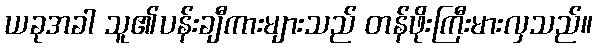
ယခုအခါ သူ၏ပန်းချီကားများသည် တန်ဖိုးကြီးမားလှသည်။